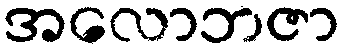
အလောဘဇာ